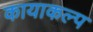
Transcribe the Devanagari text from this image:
कायाकल्‍प